Vaccine operations Central Provinces 1900-1911 - 1900-1911
Year: 1900
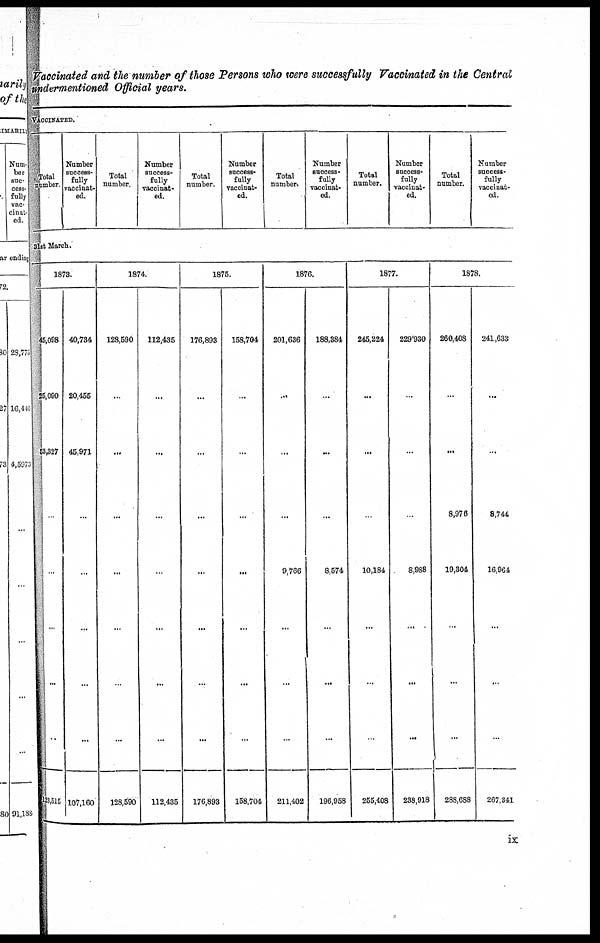
Vaccinated and the number of those Persons who were successfully Vaccinated in the Central
undermentioned Official years.
VACCINATED.
Total
number.
Number
success-
fully
vaccinat¬
ed.
Total
number.
Number
success-
fully
vaccinat-
ed.
Total
number.
Number
success-
fully
vaccinat-
ed.
Total
number.
Number
success-
fully
vaccinat-
ed.
Total
number.
Number
success-
fully
vaccinat-
ed.
Total
number.
Number
success-
fully
vaccinat-
ed.
31st March.
1873.
45,098
25,090
53,327
.
...
...
...
..
123,515
40,734
20,455
45,971
...
...
...
...
...
107,160
1874.
128,590
...
...
...
...
...
...
...
128,590
112,485
...
...
...
...
...
...
...
112,435
1875.
176,898
...
...
...
...
...
...
...
176,898
158,704
...
...
...
...
...
...
...
158,704
1876.
201,636
...
...
...
9,766
...
...
...
211,402
188,384
...
...
...
8,574
...
...
...
196,958
1877.
245,224
...
...
...
10,184
...
...
...
255,408
229,930
...
...
...
8,988
...
...
...
238,918
1878.
260,408
...
...
8,976
19,804
...
...
...
288,688
241,633
...
...
8,744
16,964
...
...
...
267,341
ix